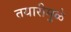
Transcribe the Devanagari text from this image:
तयारीमुळे